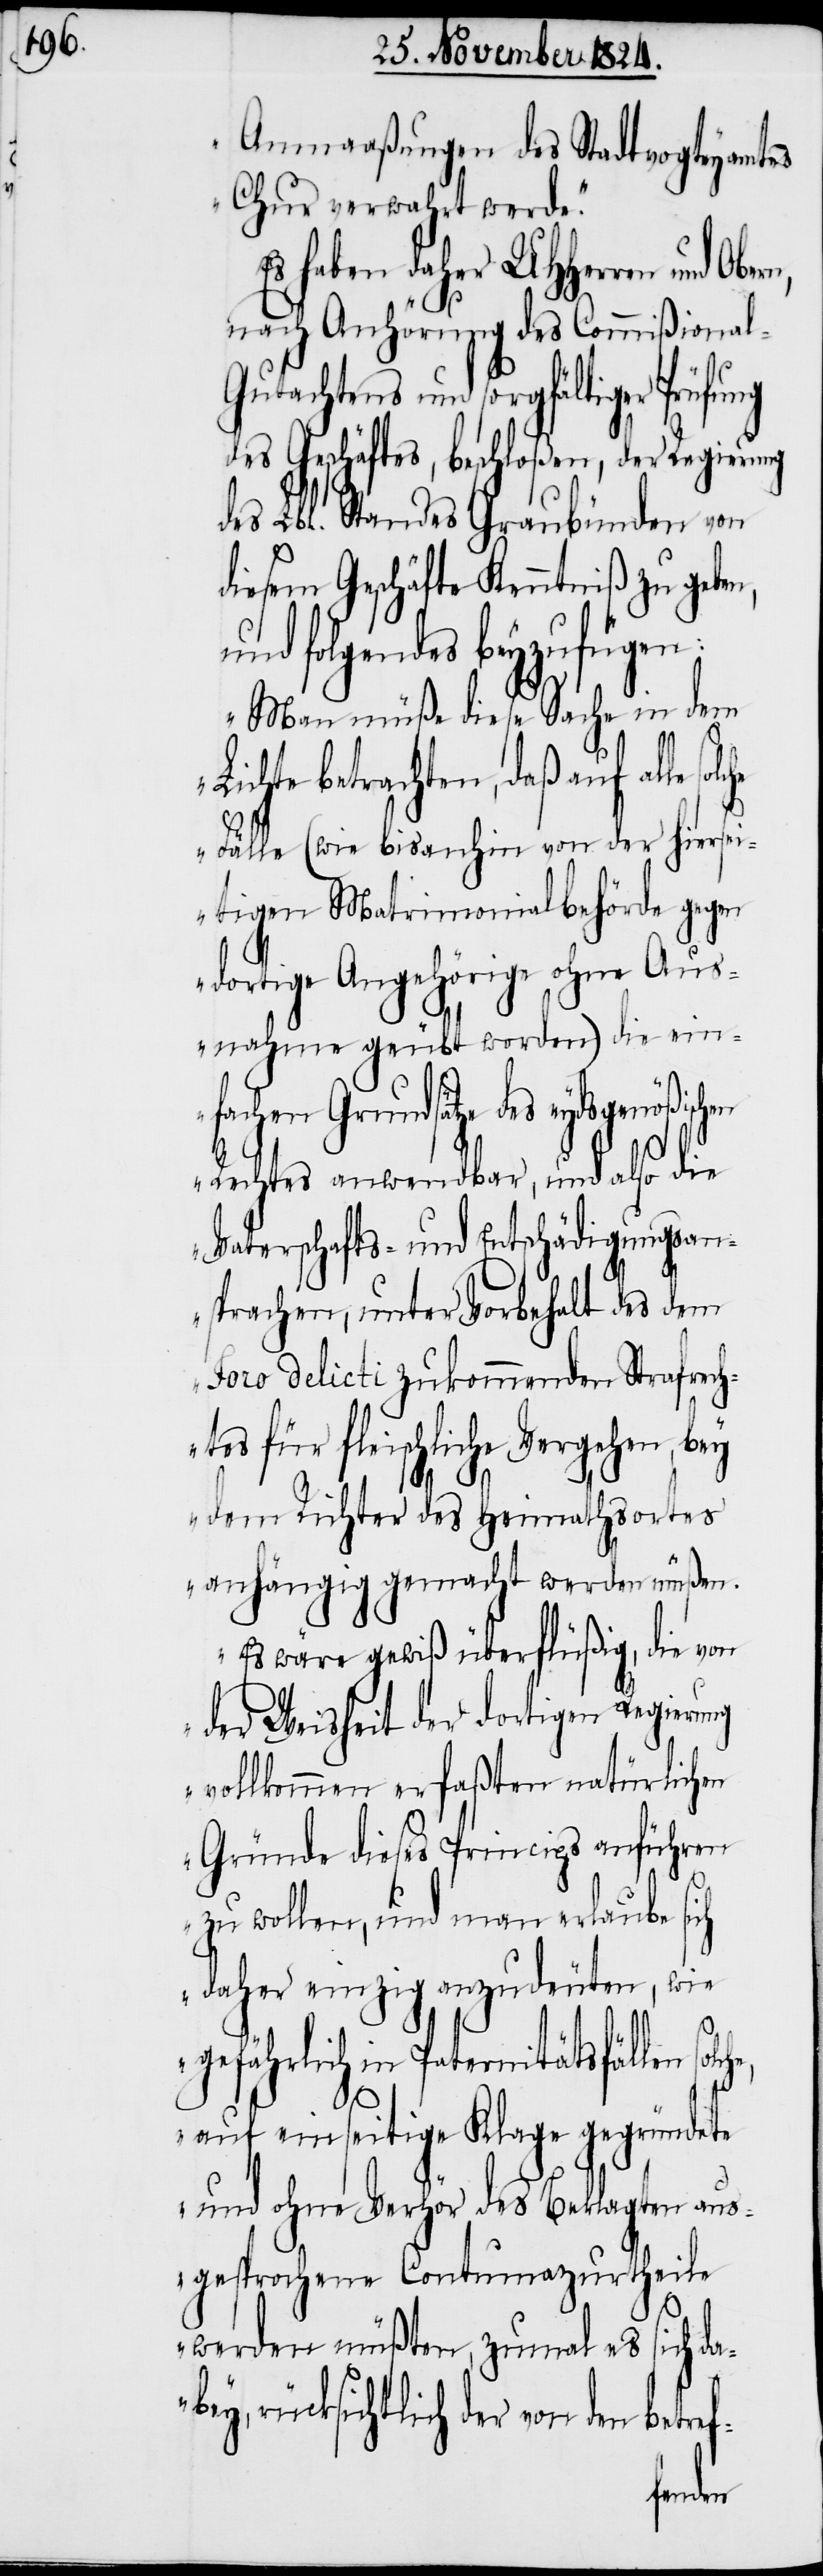
Anmaaßungen des Stadtvogteyamtes
Chur verwahrt werde.“
Es habe daher UHHerren und Ober¬
nach Anhörung des Commißiona¬
l-Gutachtens und sorgfältiger Prüfung
des Geschäftes, beschloßen, der Regierung
des Lbl. Standes Graubünden von
diesem Geschäfte Kenntniß zu geben,
und folgendes beyzufügen:
„Man müße diese Sache in dem
Lichte betrachten, daß auf alle
Fälle (wie bis anhin von der hiersei¬
tigen Matrimonialbehörde gegen
dortige Angehörige ohne Aus¬
nahme geübt worden) die ein¬
fachen Grundsätze des Eydsgenößischen
Rechtes anwendbar, und also die
Vaterschafts- und Entschädigungsan¬
sprachen, unter Vorbehalt des dem
Foro delicti zukommenden Strafrech¬
tes für fleischliche Vergehen, bey
dem Richter des Heimathsortes
anhängig gemacht werden müßen.
Es wäre gewiß überflüßig, die von
der Weisheit der dortigen Regierung
vollkommen erfaßten natürlichen
Gründe dieses Princips anführen
b¬
zu wollen, und man erlaube
daher einzig anzudeuten, wie
n,
gefährlich in Paternitätsfällen
auf einseitige Klage gegründete
und ohne Verhör des Beklagten aus¬
gesprochene Contumazurthe¬
ile
werden müßten, zumal es sich da¬
ey, rücksichtlich der von den